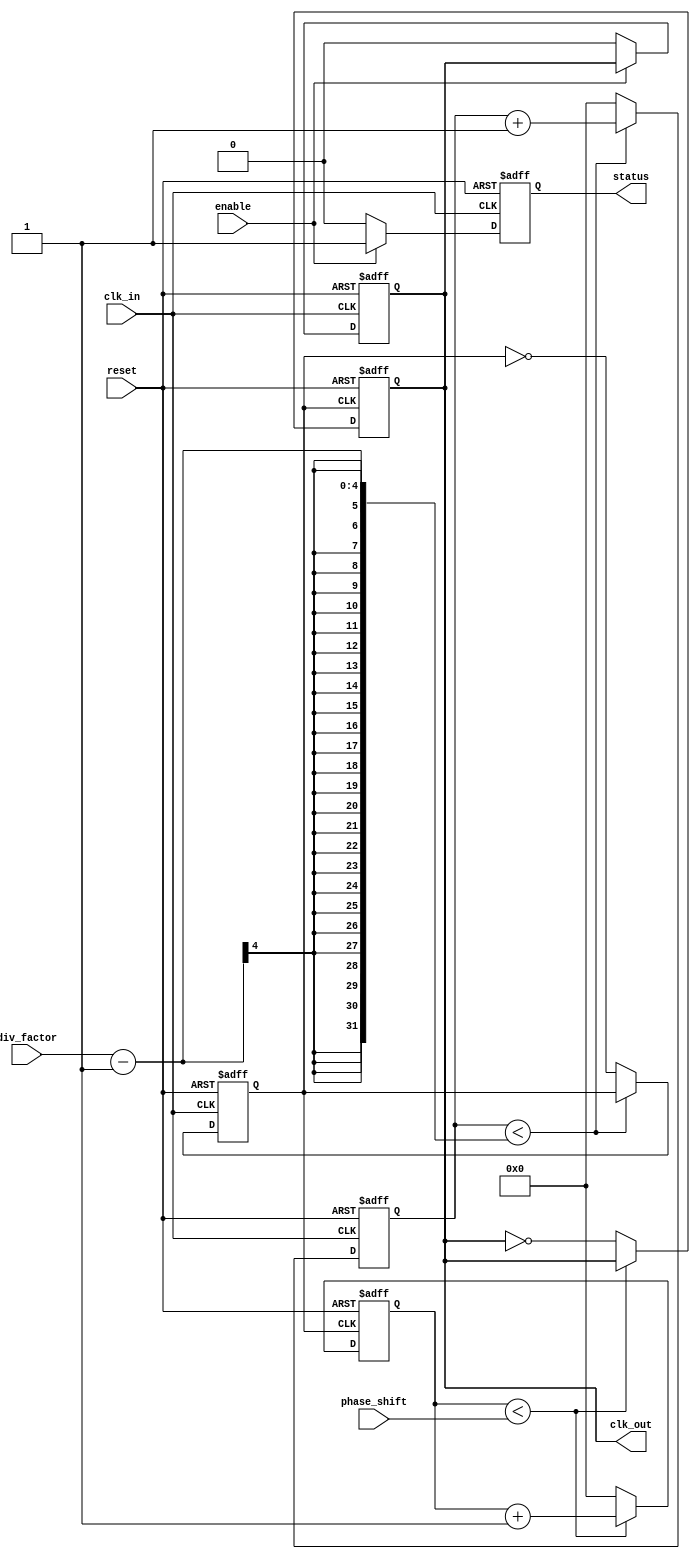
module ProgrammableClockBuffer (
    input wire clk_in,                // Input clock
    input wire [3:0] div_factor,      // Programmable frequency division factor (1 to 16)
    input wire [3:0] phase_shift,     // Programmable phase shift (in clock cycles)
    input wire enable,                 // Enable signal for the output clock
    input wire reset,                  // Asynchronous reset
    output reg clk_out,                // Output clock
    output reg status                  // Status indicator
);

    reg [3:0] counter;                 // Counter for frequency division
    reg [3:0] phase_counter;           // Counter for phase shifting
    reg clk_div;                       // Divided clock signal

    // Frequency division logic
    always @(posedge clk_in or posedge reset) begin
        if (reset) begin
            counter <= 0;
            clk_div <= 0;
        end else begin
            if (counter < (div_factor - 1)) begin
                counter <= counter + 1;
            end else begin
                counter <= 0;
                clk_div <= ~clk_div; // Toggle divided clock
            end
        end
    end

    // Phase shifting logic
    always @(posedge clk_div or posedge reset) begin
        if (reset) begin
            phase_counter <= 0;
            clk_out <= 0;
        end else begin
            if (phase_counter < phase_shift) begin
                phase_counter <= phase_counter + 1;
            end else begin
                clk_out <= ~clk_out; // Toggle output clock after phase shift
                phase_counter <= 0;   // Reset phase counter
            end
        end
    end

    // Enable/Disable control
    always @(posedge clk_in or posedge reset) begin
        if (reset) begin
            clk_out <= 0;
            status <= 0;
        end else begin
            if (enable) begin
                status <= 1; // Output enabled
            end else begin
                clk_out <= 0; // Disable output clock
                status <= 0;  // Output disabled
            end
        end
    end

endmodule